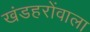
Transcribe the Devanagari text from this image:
खंडहरोंवाला